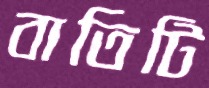
বাতিটি